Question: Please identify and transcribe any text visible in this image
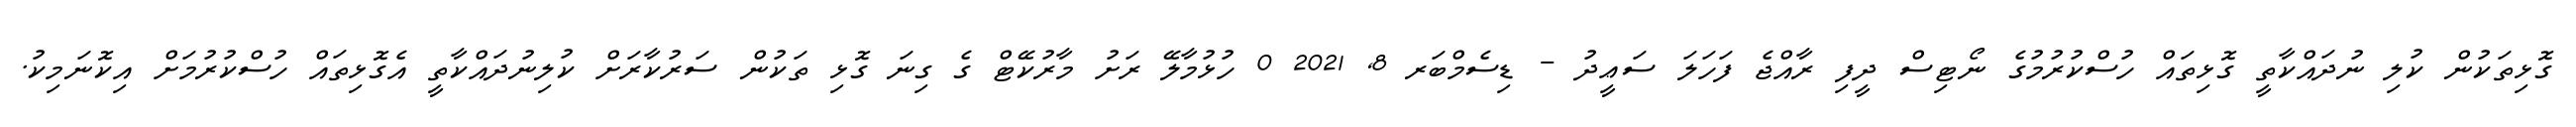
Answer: ގޮޅިތަކުން ކުލި ނުދައްކާތީ ގޮޅިތައް ހުސްކުރުމުގެ ނޯޓިސް ދީފި ރާއްޖެ ފަހަލަ ސަޢީދު - ޑިސެމްބަރ 8, 2021 0 ހުޅުމާލޭ ރަށު މާރުކޭޓް ގެ ގިނަ ގޮޅި ތަކުން ސަރުކާރަށް ކުލިނުދައްކާތީ އެގޮޅިތައް ހުސްކުރުމަށް އިކޮނަމިކު.